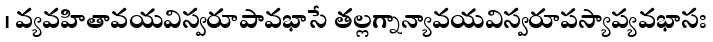
। వ్యవహితావయవిస్వరూపావభాసే తల్లగ్నాన్యావయవిస్వరూపస్యాప్యవభాసః